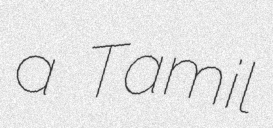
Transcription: a Tamil